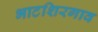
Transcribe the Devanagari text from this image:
भाटशिरगाव